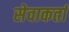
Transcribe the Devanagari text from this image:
सेवाकर्ता